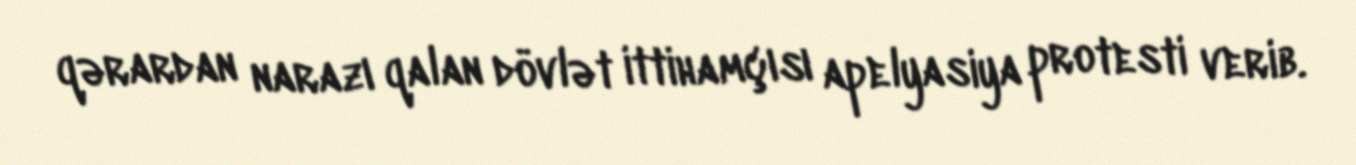
qərardan narazı qalan dövlət ittihamçısı apelyasiya protesti verib.